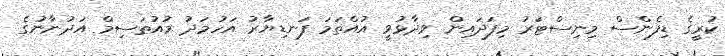
ކުރީގެ ޑިފެންސް މިނިސްޓަރު މިފަދައިން ވިދާޅުވީ އުއްތަމަ ފަނޑިޔާރު އަހުމަދު މުއުތަސިމް އަދުނާނުގެ